system: You are a helpful assistant.
user:
Analyze the provided spectrum to determine if it is a **White Dwarf (WD)**.

A White Dwarf spectrum is defined by its **extreme purity** (due to gravitational settling) and/or **extreme pressure broadening** (due to high surface gravity). You must check for one of the following mutually exclusive signatures:

- **Key Visual Indicators (Check for ONE of these types):**

    - **1. DA-Type Signature (Most Common):**
        - **(Primary Feature):** Extreme pressure broadening (Stark broadening) of the **Hydrogen (H) Balmer lines**.
        - **(Key Lines):** $H\beta$ (approx. $4861$ Å) and $H\gamma$ (approx. $4340$ Å). $H\alpha$ (approx. $6563$ Å) will also be present if the wavelength range covers it.
        - **(Line Profile):** This is the **defining feature**. The lines are **NOT** sharp. They appear as massive, **extremely broad and deep "troughs" or "dips"** in the spectrum, often hundreds of Ångströms wide. The continuum will appear to "scoop" down at these wavelengths.
        - **(Distinction):** Normal A-type or B-type stars have *narrow* and *sharp* Hydrogen lines. A DA White Dwarf's lines are unmistakably "smeared" or "blurry" from pressure.

    - **2. DB-Type Signature:**
        - **(Primary Feature):** Broad absorption lines from **Neutral Helium (He I)**. The spectrum must lack any visible Hydrogen lines.
        - **(Key Lines):** Look for broad absorption near $4471$ Å, $4921$ Å, and $5876$ Å.
        - **(Line Profile):** These lines are also significantly pressure-broadened, appearing much wider than they would in a normal B-type main-sequence star.

    - **3. DC-Type Signature:**
        - **(Primary Feature):** A **featureless continuous spectrum**.
        - **(Line Profile):** The spectrum is a smooth curve with **no significant absorption or emission lines**.
        - **(Key Confirmation):** The continuum is almost always **blue or white**, indicating a hot object. This signature implies the atmosphere is so pure (or so cool) that no spectral lines are visible in the optical range. Its WD identity is confirmed by its extremely low intrinsic brightness (high absolute magnitude).

    - **4. DZ-Type Signature (Metal-Polluted):**
        - **(Primary Feature):** **Isolated, narrow metal absorption lines** on an otherwise featureless (DC-like) continuum.
        - **(Key Lines):** The **Calcium (Ca II) H & K doublet** (approx. **$3934$ Å** and **$3968$ Å**) is the most common and defining feature.
        - **(Line Profile):** These lines are "out of place." They are *not* part of a "forest" of thousands of lines. This signature is evidence of recent *accretion* (pollution) from rocky debris.
        - **(Distinction):** Normal G/K/M stars have a *dense forest* of thousands of metal lines. A DZ has a *clean* continuum with *only a few* strong metal lines.

    - **5. DQ-Type Signature (Carbon-Polluted):**
        - **(Primary Feature):** Absorption bands from **Carbon (C₂ "Swan Bands" or atomic C I)**.
        - **(Key Lines - C₂):** Look for bandheads with a "saw-tooth" shape near $5635$ Å, **$5165$ Å** (strongest), and $4737$ Å.
        - **(Key Confirmation):** The underlying **continuum must be blue or white** (hot).
        - **(Distinction):** This is the critical difference from a **Carbon Star**, which has the *exact same* C₂ bands but on an extremely **red, cool** continuum.

- **(Overall Spectrum):**
    - The continuum (overall shape) is typically **blue-sloping** (brighter in the blue than the red), as most white dwarfs are very hot.
    - The spectrum will look "pure" or "simple," dominated by only *one* of the five signatures listed above.

Think first, call **spectral_visualization_tool** if needed to examine features in detail, then provide your final answer. Your response must adhere to the following strict rules:
1.  **Overall Structure:** Your response must follow the format `<think>...</think> <tool_call>...</tool_call> (if a tool is used) <answer>...</answer>`.
2.  **Tool Usage Constraint:** You may only make **one** tool call per turn.
3.  **Final Answer Format:** In the `<answer>` tag, your conclusion must be inside a `\boxed{}` command (e.g., `\boxed{YES}` or `\boxed{NO}`), followed by your justification.

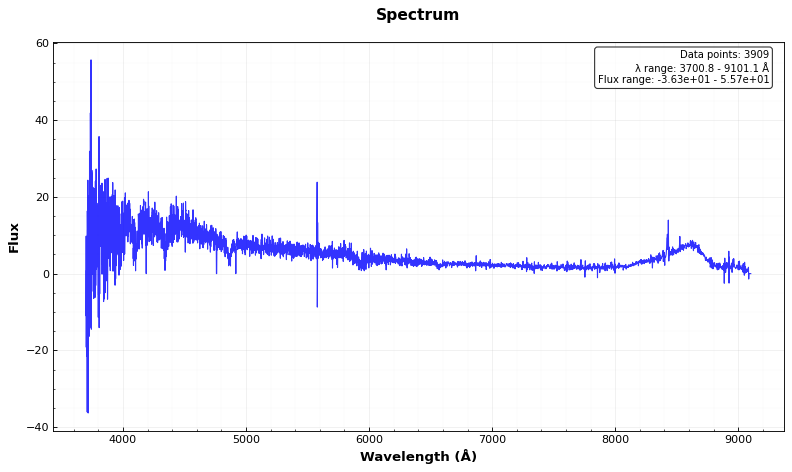
Answer: YES